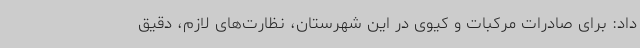
داد: برای صادرات مرکبات و کیوی در این شهرستان، نظارت‌های لازم، دقیق